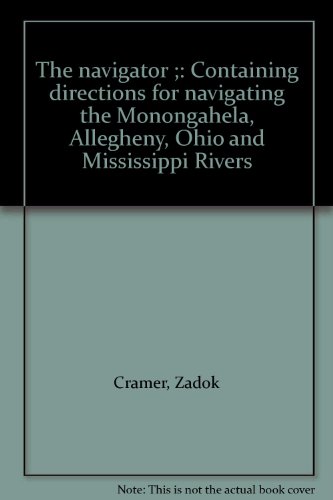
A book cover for The navigator ;: Containing directions for navigating the Monongahela, Allegheny, Ohio and Mississippi Rivers; Zadok Cramer; Travel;